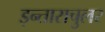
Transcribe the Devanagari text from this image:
इन्ताराचुलर